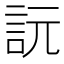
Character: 䛃